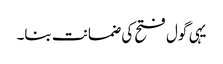
یہی گول فتح کی ضمانت بنا۔